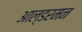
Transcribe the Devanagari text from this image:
आल्डरमन